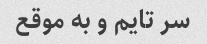
سر تایم و به موقع